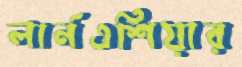
লার্নএশিয়ার